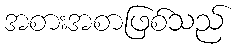
အစားအစာဖြစ်သည်